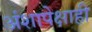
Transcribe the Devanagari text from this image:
अंशापेक्षाही